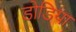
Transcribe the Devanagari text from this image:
डोडिया